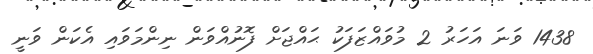
1438 ވަނަ އަހަރު 2 މުވައްޒަފަކު ޙައްޖަށް ފޮނުއްވަން ނިންމަވައި އެކަން ވަނީ